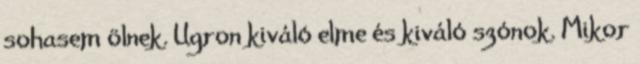
sohasem ölnek. Ugron kiváló elme és kiváló szónok. Mikor